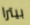
بيترا